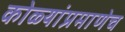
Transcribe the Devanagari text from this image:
कोळ्यांप्रमाणेच